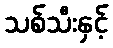
သစ်သီးနှင့်